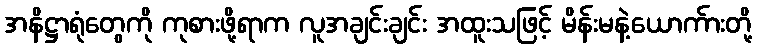
အနိဋ္ဌာရုံတွေကို ကုစားဖို့ရာက လူအချင်းချင်း အထူးသဖြင့် မိန်းမနဲ့ယောက်ားတို့